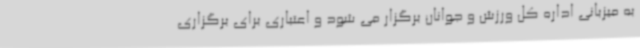
به میزبانی اداره کل ورزش و جوانان برگزار می شود و اعتباری برای برگزاری